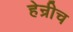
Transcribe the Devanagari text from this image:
हेन्रीच